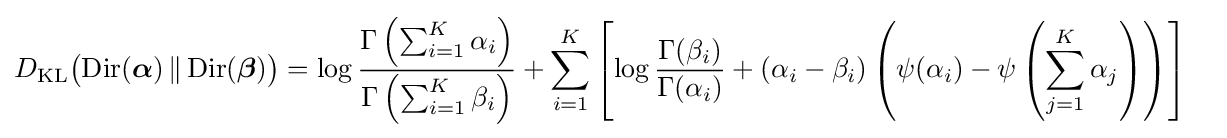
{\begin{aligned}D_{\mathrm {KL} }{\big (}\mathrm {Dir} ({\boldsymbol {\alpha }})\,\|\,\mathrm {Dir} ({\boldsymbol {\beta }}){\big )}&=\log {\frac {\Gamma \left(\sum _{i=1}^{K}\alpha _{i}\right)}{\Gamma \left(\sum _{i=1}^{K}\beta _{i}\right)}}+\sum _{i=1}^{K}\left[\log {\frac {\Gamma (\beta _{i})}{\Gamma (\alpha _{i})}}+(\alpha _{i}-\beta _{i})\left(\psi (\alpha _{i})-\psi \left(\sum _{j=1}^{K}\alpha _{j}\right)\right)\right]\end{aligned}}